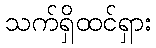
သက်ရှိထင်ရှား